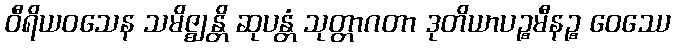
ဝီရိယဝသေန သမိဇ္ဈန္တိ ဆုပန္တံ သုတ္တာဂတာ ဒုတိယာပဉ္စမီနဉ္စ ဝေဿေ